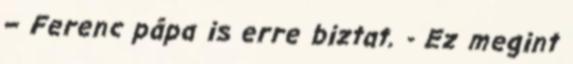
– Ferenc pápa is erre biztat. - Ez megint